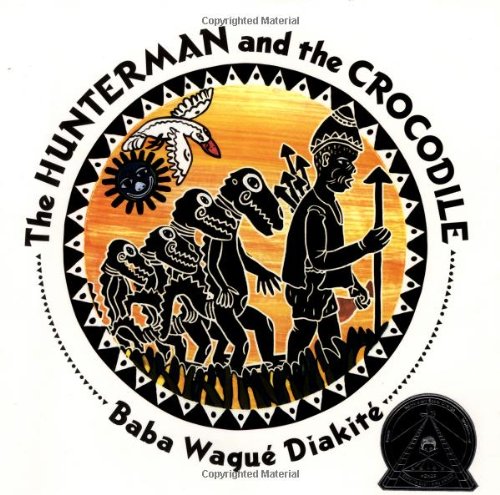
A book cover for The Hunterman and the Crocodile: A West African Folktale; Baba WaguÃ© DiakitÃ©; Children's Books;